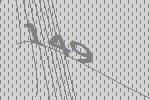
149